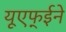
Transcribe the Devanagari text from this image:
यूएफ्ईने